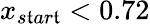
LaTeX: x_{s\mathfrak{t}ar\mathfrak{t}}<0.72